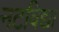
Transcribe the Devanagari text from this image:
नटविद्या